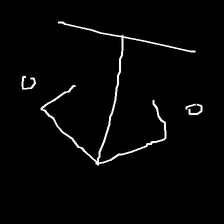
Glyph: earth